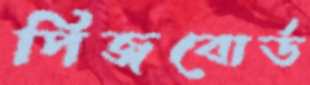
পিজবোর্ড